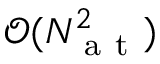
\mathcal { O } ( N _ { \mathrm { ~ a ~ t ~ } } ^ { 2 } )